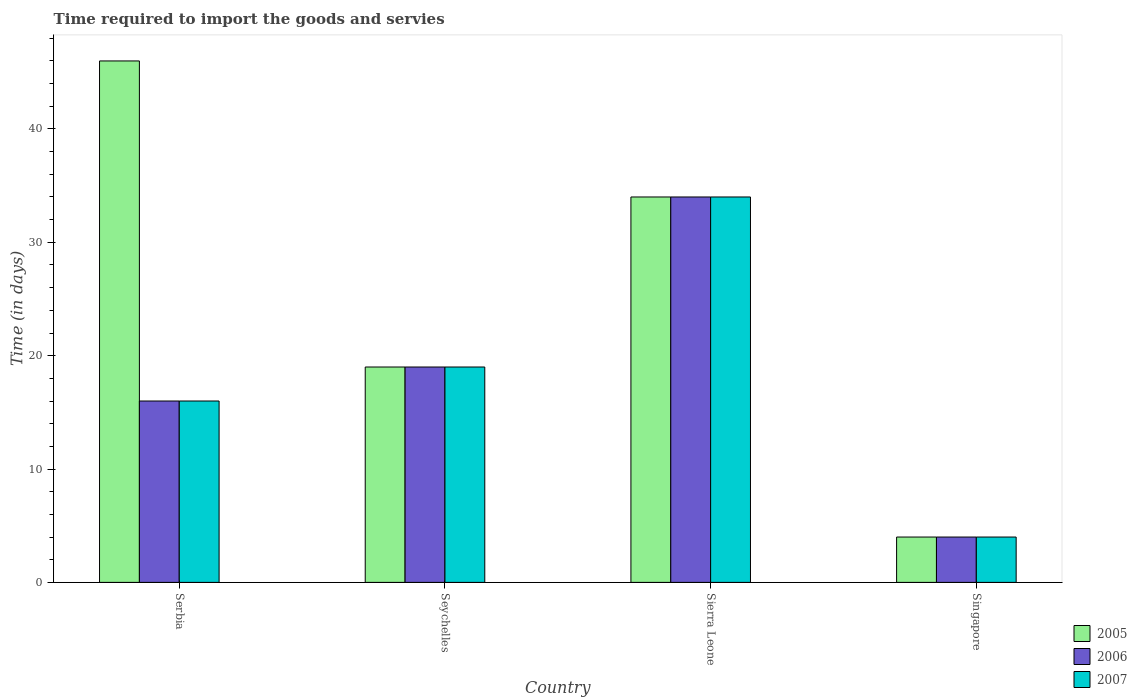
| Country | 2005 | 2006 | 2007 |
 | --- | --- | --- | --- |
 | Serbia | 46 | 16 | 16 |
 | Seychelles | 19 | 19 | 19 |
 | Sierra Leone | 34 | 34 | 34 |
 | Singapore | 4 | 4 | 4 |